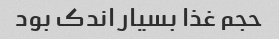
حجم غذا بسیار اندک بود